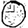
Digit: 0